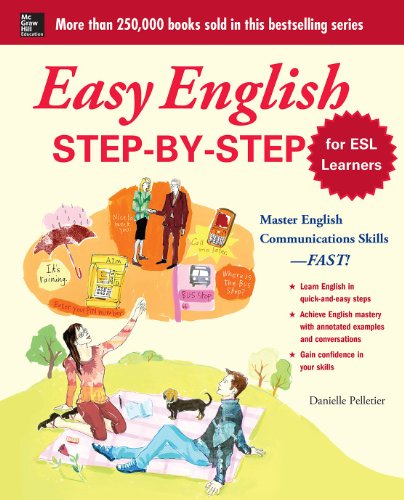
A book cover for Easy English Step-by-Step for ESL Learners: Master English Communication Proficiency--FAST! (Easy Step-By-Step); Danielle Pelletier; Reference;